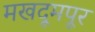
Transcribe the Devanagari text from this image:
मखदूमपूर